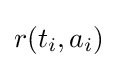
r(t_{i},a_{i})